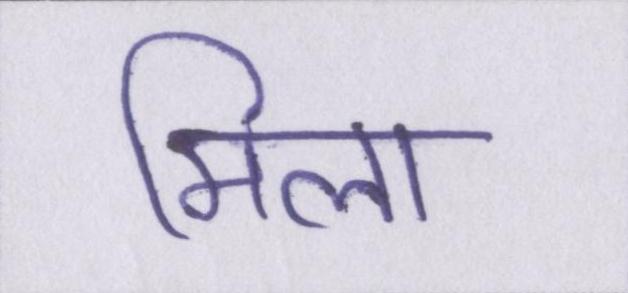
मिला